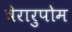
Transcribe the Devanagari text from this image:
वेरारुपोम